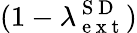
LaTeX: (1-\lambda_{\mathrm{~e~x~t~}}^{\mathrm{~S~D~}})